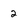
Character: 2